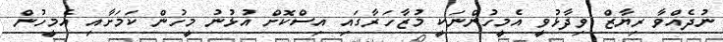
ނުދެއްވާ ރިޔާޒް ވިދާޅުވީ އެމީހުންނަކީ މުޒާހަރާގައި އިސްކޮށް އުޅުނު މީހުން ކަމަށާއި އެމީހުން